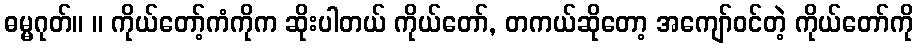
ဓမ္မဂုတ်။ ။ ကိုယ်တော့်ကံကိုက ဆိုးပါတယ် ကိုယ်တော်, တကယ်ဆိုတော့ အကျော်ဝင်တဲ့ ကိုယ်တော်ကို